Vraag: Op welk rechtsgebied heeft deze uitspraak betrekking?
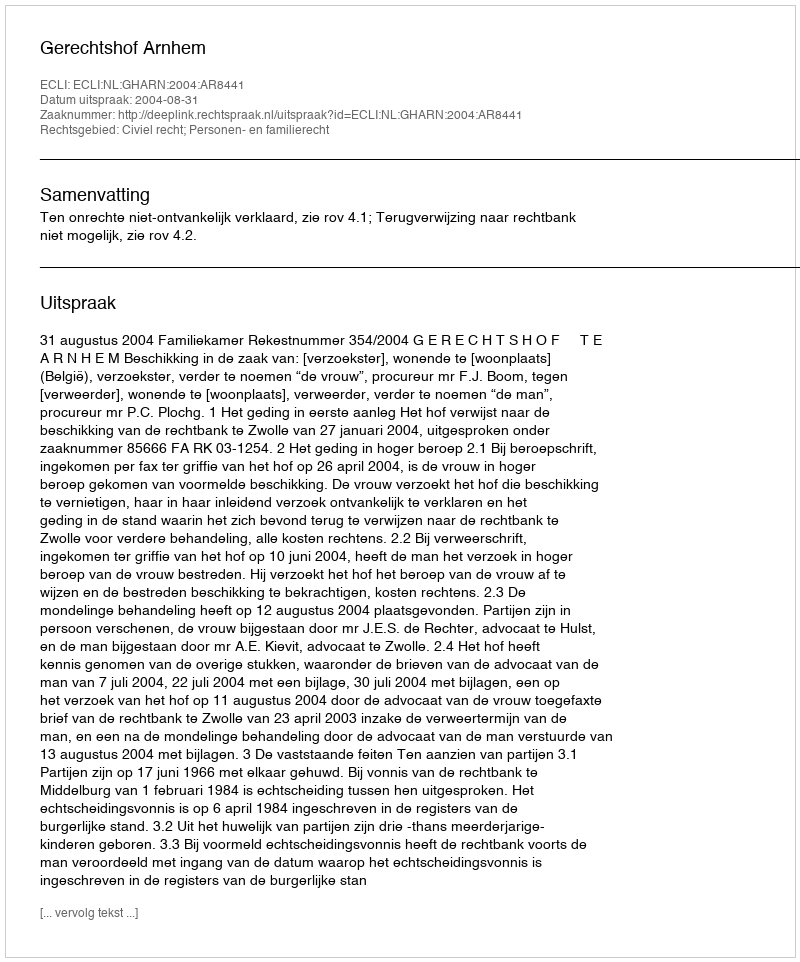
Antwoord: Civiel recht; Personen- en familierecht